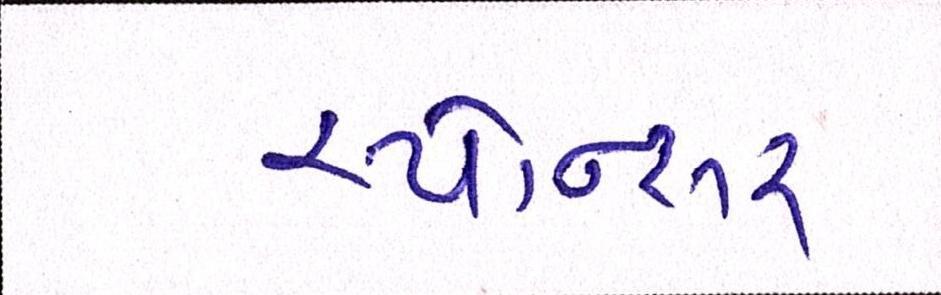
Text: સ્પોન્સર